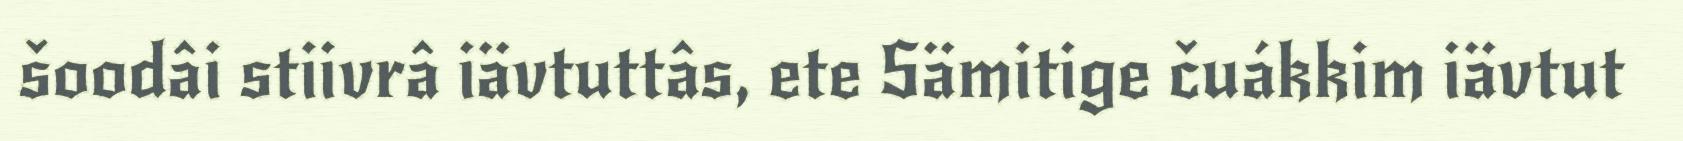
šoodâi stiivrâ iävtuttâs, ete Sämitige čuákkim iävtut